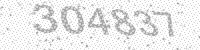
Solution: 304837